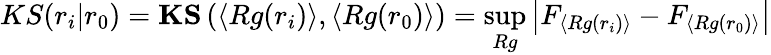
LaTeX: KS(r_{i}|r_{0})=\mathbf{KS}\left(\left\langle Rg(r_{i})\right\rangle,\left\langle Rg(r_{0})\right\rangle\right)=\operatorname*{sup}_{Rg}\left|F_{\left\langle Rg(r_{i})\right\rangle}-F_{\left\langle Rg(r_{0})\right\rangle}\right|